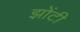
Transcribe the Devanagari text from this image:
झोंटी